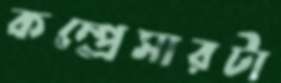
কম্প্রেসারটা